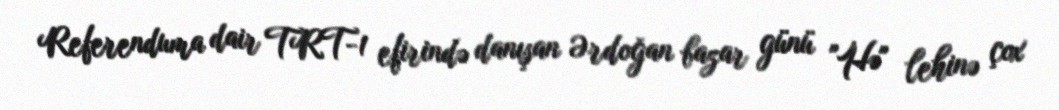
Referenduma dair TRT-1 efirində danışan Ərdoğan bazar günü "Hə" lehinə çox